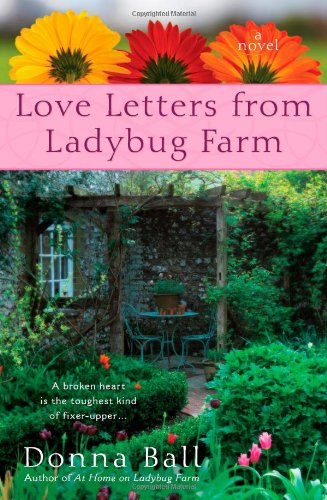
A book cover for Love Letters from Ladybug Farm; Donna Ball; Literature & Fiction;